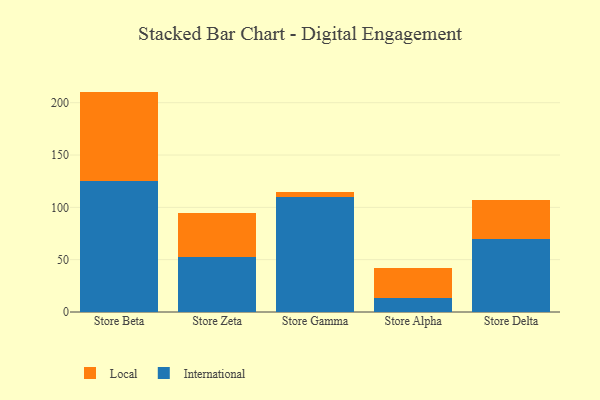
{"axis": {"x": "Store", "y": "Customer Acquisition Cost (USD)"}, "legend": ["International", "Local"], "data": [{"x": "Store Beta", "y": 125.6, "type": "International"}, {"x": "Store Beta", "y": 85.0, "type": "Local"}, {"x": "Store Zeta", "y": 52.2, "type": "International"}, {"x": "Store Zeta", "y": 42.2, "type": "Local"}, {"x": "Store Gamma", "y": 109.9, "type": "International"}, {"x": "Store Gamma", "y": 5.0, "type": "Local"}, {"x": "Store Alpha", "y": 13.7, "type": "International"}, {"x": "Store Alpha", "y": 28.0, "type": "Local"}, {"x": "Store Delta", "y": 69.4, "type": "International"}, {"x": "Store Delta", "y": 38.0, "type": "Local"}]}